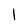
Character: l